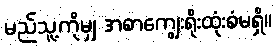
မည်သူ့ကိုမျှ အစာကျွေးရိုးထုံးစံမရှိ။